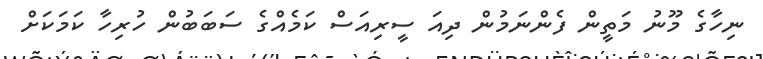
ނިހާގެ މޫނު މަތީން ފެންނަމުން ދިއަ ސީރިއަސް ކަމެއްގެ ސަބަބުން ހުރިހާ ކަމަކަށް